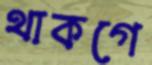
থাকগে